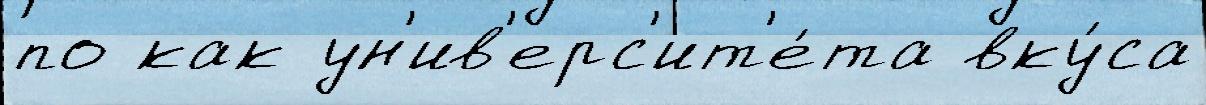
по как ун'ив'ерс'ит'е́та вку́са